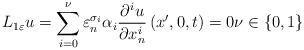
LaTeX: \begin{align*}L_{1\varepsilon }u=\sum\limits_{i=0}^{\nu }\varepsilon _{n}^{\sigma_{i}}\alpha _{i}\frac{\partial ^{i}u}{\partial x_{n}^{i}}\left( x^{\prime},0,t\right) =0\nu \in \left\{ 0,1\right\} \end{align*}